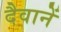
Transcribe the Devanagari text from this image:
दैवानें